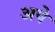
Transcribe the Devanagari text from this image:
अपे